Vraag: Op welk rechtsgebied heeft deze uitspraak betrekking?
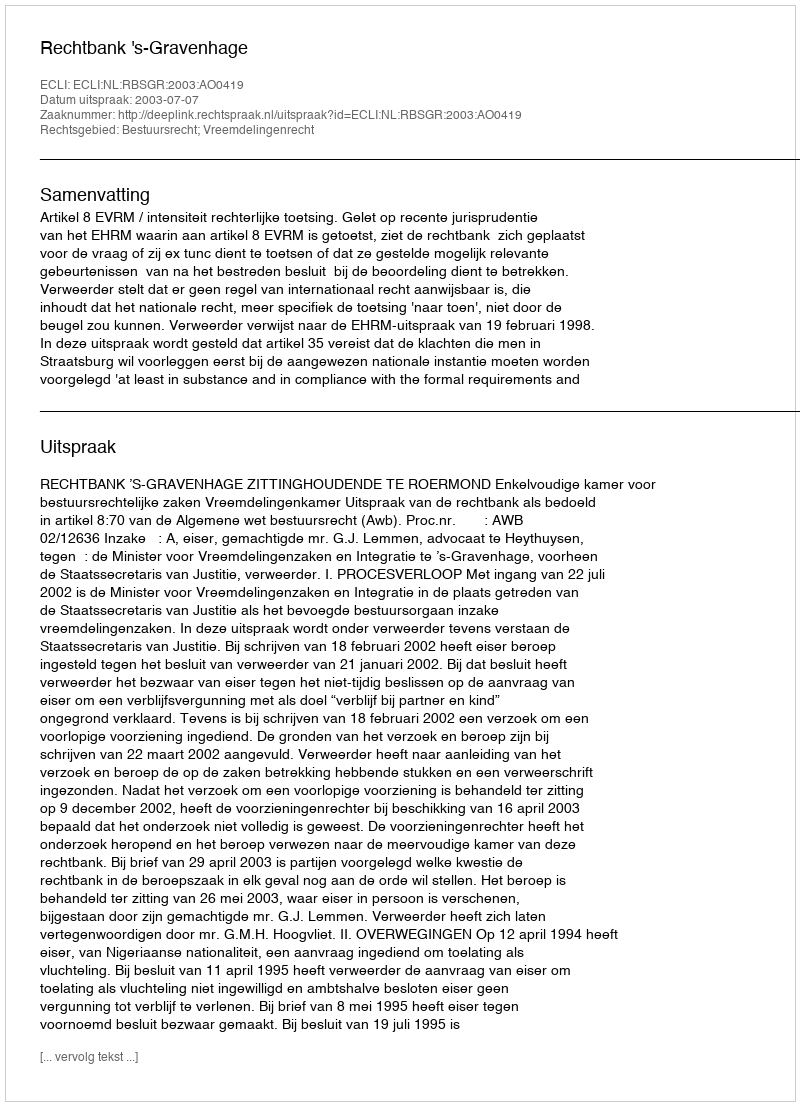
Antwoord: Bestuursrecht; Vreemdelingenrecht